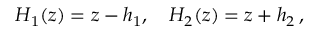
H _ { 1 } ( z ) = z - h _ { 1 } , \quad H _ { 2 } ( z ) = z + h _ { 2 } \, ,